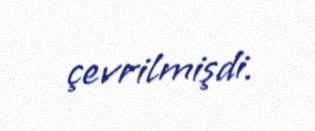
çevrilmişdi.